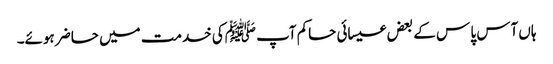
ہاں آس پا س کے بعض عیسائی حاکم آپ ﷺکی خدمت میں حاضر ہوئے۔